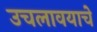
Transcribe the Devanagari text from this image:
उचलावयाचे